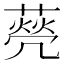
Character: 𦺺